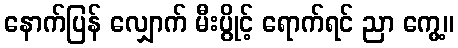
နောက်ပြန် လျှောက် မီးပွိုင့် ရောက်ရင် ညာ ကွေ့။